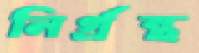
নির্গ্রন্থ